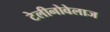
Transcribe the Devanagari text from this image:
टेलीनोवेलाज